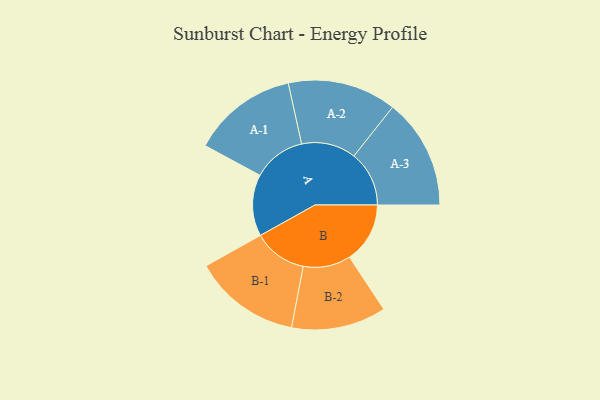
{"axis": {"x": "Segment", "y": "Value"}, "legend": ["", "A", "B"], "data": [{"x": "A", "y": 291, "type": ""}, {"x": "B", "y": 286, "type": ""}, {"x": "A-1", "y": 249, "type": "A"}, {"x": "A-2", "y": 257, "type": "A"}, {"x": "A-3", "y": 261, "type": "A"}, {"x": "B-1", "y": 253, "type": "B"}, {"x": "B-2", "y": 224, "type": "B"}]}